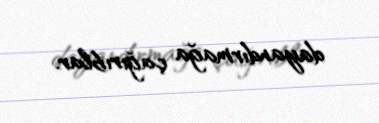
dayandırmağa çağırıblar.